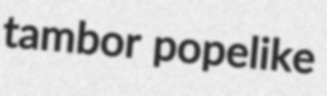
tambor popelike